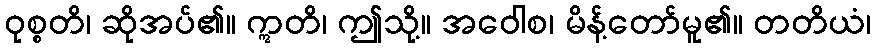
ဝုစ္စတိ၊ ဆိုအပ်၏။ ဣတိ၊ ဤသို့။ အဝေါစ၊ မိန့်တော်မူ၏။ တတိယံ၊